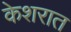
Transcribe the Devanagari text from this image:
केशरात